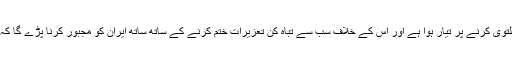
اب تک ایران صرف اپنا جوہری پروگرام ملتوی کرنے پر تیار ہوا ہے اور اس کے خلاف سب سے تباہ کن تعزیرات ختم کرنے کے ساتھ ساتھ ایران کو مجبور کرنا پڑے گا کہ وہ جوہری ہتھیار بنانے کی بساط اُلٹ دے۔